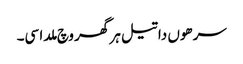
سرھوں دا تیل ہر گھر وچ ملدا سی۔